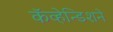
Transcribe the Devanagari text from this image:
कॅव्हेन्डिशने